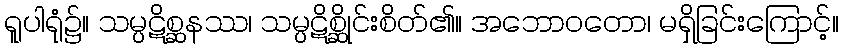
ရူပါရုံ၌။ သမ္ပဋိစ္ဆနဿ၊ သမ္ပဋိစ္ဆိုင်းစိတ်၏။ အဘောဝတော၊ မရှိခြင်းကြောင့်။